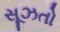
સૂઝતો